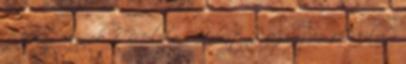
Mókás versek 1 Moliére - Úrhatnám polgár 1 Moliere